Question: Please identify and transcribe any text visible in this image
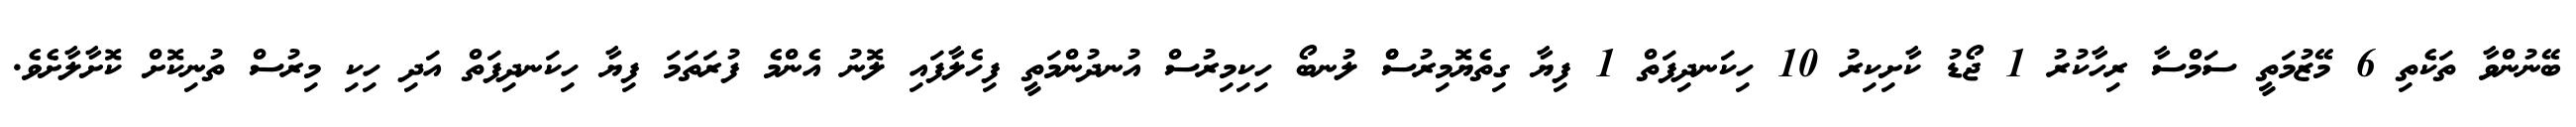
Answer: ބޭނުންވާ ތަކެތި 6 މޭޒުމަތީ ސަމްސާ ރިހާކުރު 1 ޖޯޑު ކާށިކިރު 10 ހިކަނދިފަތް 1 ފިޔާ ގިތެޔޮމިރުސްް ލުނބޯ ހިކިމިރުސް އުނދުންމަތީ ފިހެލާފައި ލޮނު އެންމެ ފުރަތަމަ ފިޔާ ހިކަނދިފަތް އަދި ހިކި މިރުސް ތުނިކޮށް ކޮށާލާށެވެ.